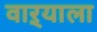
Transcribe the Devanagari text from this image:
वाऱ्याला